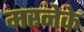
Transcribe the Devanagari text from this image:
मरनेके